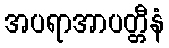
အပရာအာပတ္တီနံ